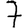
Digit: 7